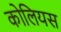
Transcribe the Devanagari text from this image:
कोलियस